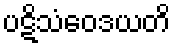
ပဋိသံဝေဒယတိ